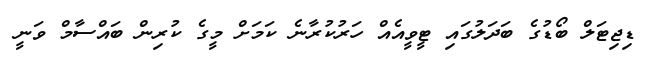
ޑިޖިޓަލް ބޯޑުގެ ބަދަލުގައި ޓީވީއެއް ހަރުކުރާނެ ކަމަށް މީގެ ކުރިން ބައްސާމް ވަނީ